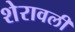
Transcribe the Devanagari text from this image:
शेरावली